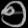
Digit: ၅